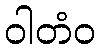
ဝါတံဝ